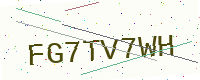
Text: FG7TV7WH